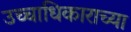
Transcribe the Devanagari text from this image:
उच्चाधिकाराच्या